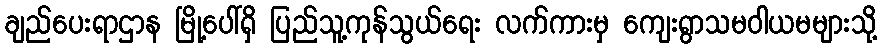
ချည်ပေးရာဌာန မြို့ပေါ်ရှိ ပြည်သူ့ကုန်သွယ်ရေး လက်ကားမှ ကျေးရွာသမဝါယမများသို့